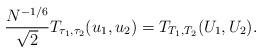
LaTeX: \begin{align*}\frac{N^{-1/6}}{\sqrt2}T_{\tau_1,\tau_2}(u_1,u_2)=T_{T_1,T_2}(U_1,U_2).\end{align*}